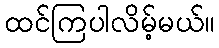
ထင်ကြပါလိမ့်မယ်။